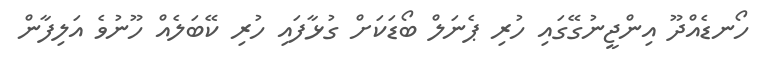
ހޯނޑެއްދޫ އިންޖީނުގޭގައި ހުރި ޕެނަލް ބޯޑަކަށް ގުޅާފައި ހުރި ކޭބަލެއް ހޫނުވެ އަލިފާން